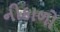
નીકાળો